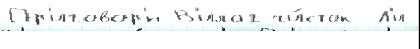
Пр'иговор'́н В'илаг чи́сток Л'и